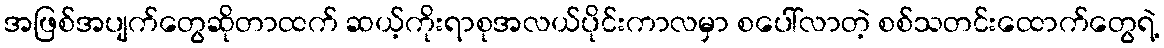
အဖြစ်အပျက်တွေဆိုတာထက် ဆယ့်ကိုးရာစုအလယ်ပိုင်းကာလမှာ စပေါ်လာတဲ့ စစ်သတင်းထောက်တွေရဲ့